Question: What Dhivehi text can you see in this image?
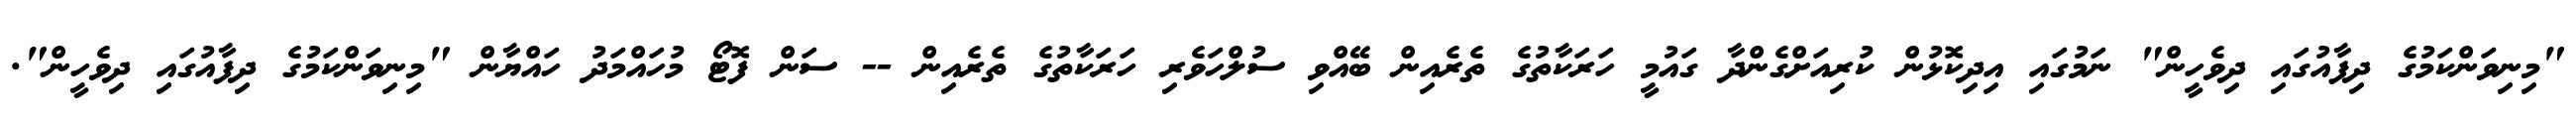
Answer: "މިނިވަންކަމުގެ ދިފާއުގައި ދިވެހީން" ނަމުގައި އިދިކޮޅުން ކުރިއަށްގެންދާ ގައުމީ ހަރަކާތުގެ ތެރެއިން ބޭއްވި ސުލްހަވެރި ހަރަކާތުގެ ތެރެއިން -- ސަން ފޮޓޯ މުހައްމަދު ހައްޔާން "މިނިވަންކަމުގެ ދިފާއުގައި ދިވެހީން".